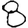
Digit: 8